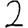
Digit: 2